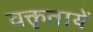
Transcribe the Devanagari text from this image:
वक्तृतायें